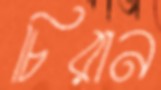
চিরান